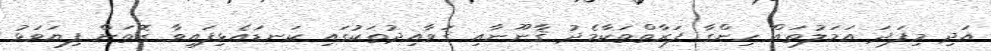
އަދި މިފަދަ އަމަލުތައް ހިންގާ ފަރާތްތަކާމެދު ޤާނޫނާއި ޤަވާއިދުތަކުގައި ކަނޑައެޅިފައިވާ ގޮތަށް ފިޔަވަޅު